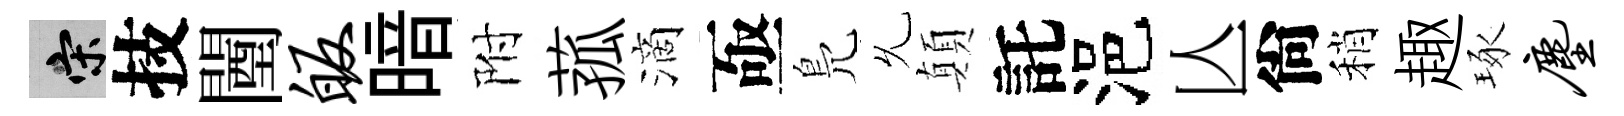
宋技闉皈暗附菰滴亟鳬𠃔顛託浥亾尙稍趣琢尘